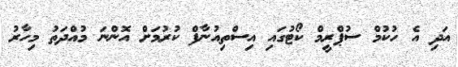
އަދި އެ ހުކުމް ސުޕްރީމް ކޯޓުގައި އިސްތިއުނާފް ކުރުމަށް އޮންނަ މުއްދަތު މިހާރު